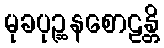
မုခပုဉ္ဆနစောဠန္တိ